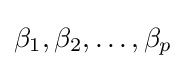
\beta _{1},\beta _{2},\dots ,\beta _{p}